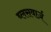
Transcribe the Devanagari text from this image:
ब्लसवार्ज़